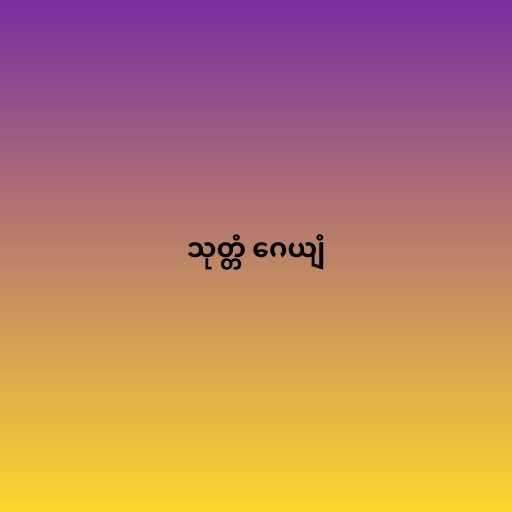
သုတ္တံ ဂေယျံ